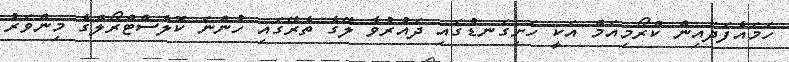
ހަމައެފަދައިން ކްރޯމިއަމް އަކީ ހަށިގަނޑުގައި ދައުރުވާ ލޭގެ ތެރޭގައި ހުންނަ ކޮލެސްޓްރޯލްގެ މިންވަރު